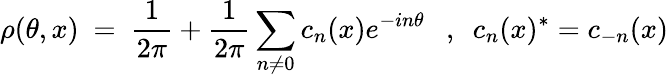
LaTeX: \rho(\theta,x)~=~\frac{1}{2\pi}+\frac{1}{2\pi}\sum_{n\neq 0}c_{n}(x)e^{-in\theta}~~~,~~c_{n}(x)^{*}=c_{-n}(x)